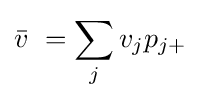
{\bar {v}}\ =\sum _{j}v_{j}p_{j+}